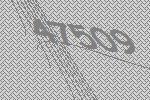
47509